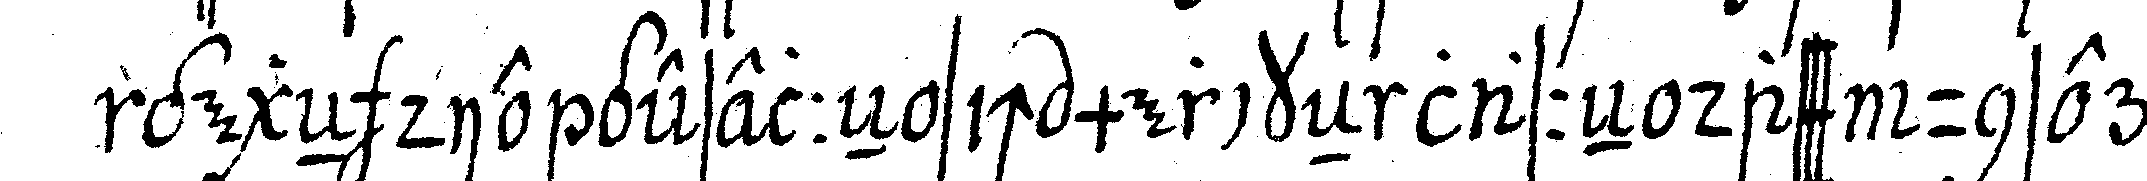
gegeN die geselleN sich merckeN lasseN dass unsere e?